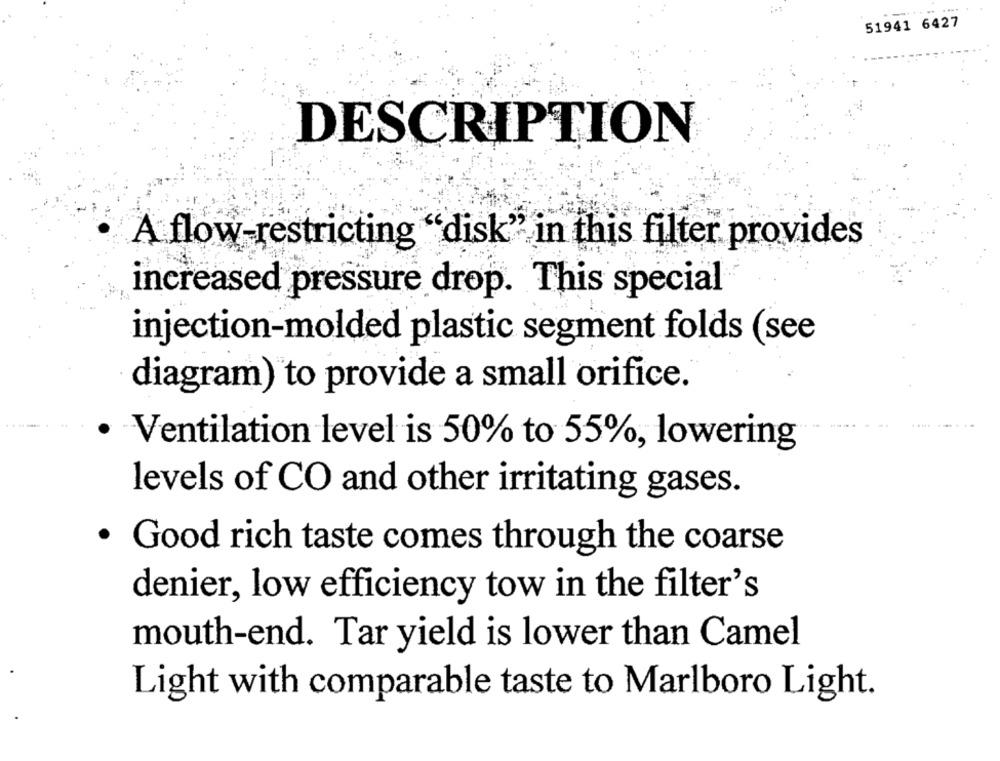
51941 6427
DESCRIPTION
A flow-restricting "disk" in this filter provides
increased pressure drop. This special
injection-molded plastic segment folds (see
diagram) to provide a small orifice.
· Ventilation level is 50% to 55%, lowering
levels of CO and other irritating gases.
· Good rich taste comes through the coarse
denier, low efficiency tow in the filter's
mouth-end. Tar yield is lower than Camel
Light with comparable taste to Marlboro Light.